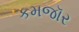
કમજૉર